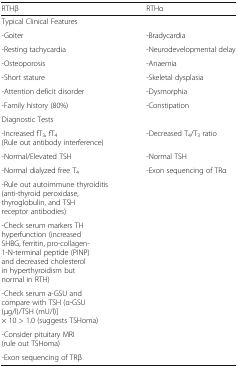
<table><thead><tr><td><b>RTHβ</b></td><td><b>RTHα</b></td></tr></thead><tbody><tr><td colspan="2">Typical Clinical Features</td></tr><tr><td>-Goiter</td><td>-Bradycardia</td></tr><tr><td>-Resting tachycardia</td><td>-Neurodevelopmental delay</td></tr><tr><td>-Osteoporosis</td><td>-Anaemia</td></tr><tr><td>-Short stature</td><td>-Skeletal dysplasia</td></tr><tr><td>-Attention deficit disorder</td><td>-Dysmorphia</td></tr><tr><td>-Family history (80%)</td><td>-Constipation</td></tr><tr><td colspan="2">Diagnostic Tests</td></tr><tr><td>-Increased fT<sub>3</sub>, fT<sub>4</sub>(Rule out antibody interference)</td><td>-Decreased T<sub>4</sub>/T<sub>3</sub> ratio</td></tr><tr><td>-Normal/Elevated TSH</td><td>-Normal TSH</td></tr><tr><td>-Normal dialyzed free T<sub>4</sub></td><td>-Exon sequencing of TRα</td></tr><tr><td>-Rule out autoimmune thyroiditis (anti-thyroid peroxidase, thyroglobulin, and TSH receptor antibodies)</td><td rowspan="5"></td></tr><tr><td>-Check serum markers TH hyperfunction (increased SHBG, ferritin, pro-collagen-1-N-terminal peptide (PINP) and decreased cholesterol in hyperthyroidism but normal in RTH)</td></tr><tr><td>-Check serum a-GSU and compare with TSH (α-GSU (μg/l)/TSH (mU/l)] × 10 &gt; 1.0 (suggests TSHoma)</td></tr><tr><td>-Consider pituitary MRI (rule out TSHoma)</td></tr><tr><td>-Exon sequencing of TRβ</td></tr></tbody></table>